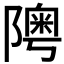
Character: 𨼟